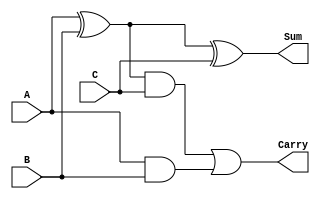
module fulladder(A, B, C, Carry, Sum);
	input A, B, C;
	output Carry, Sum;
	
	assign Carry = (((A ^ B) & C) | (A & B));
	assign Sum = A ^ B ^ C;

endmodule